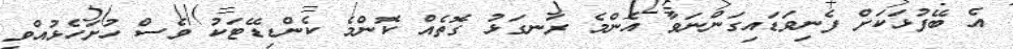
އެ ބޭފުޅަކަށް ފެނިވަޑައިގަންނަވާ އެންމެ ރަނގަޅު ގޮތެއް ކޮންމެ ކެންޑިޑޭޓަކު ވެސް ހުށަހެޅުއްވި